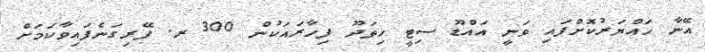
އޭނާ ހައްޔަރުކޮށްފައި ވަނީ އައްޑޫ ސިޓީ ހިތަދޫ ފިހާރައަކުން 300 ރ. ފޭރިގަނެފައިވާކަމަށް